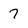
Character: 7